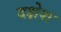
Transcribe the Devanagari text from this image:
दक्षेश